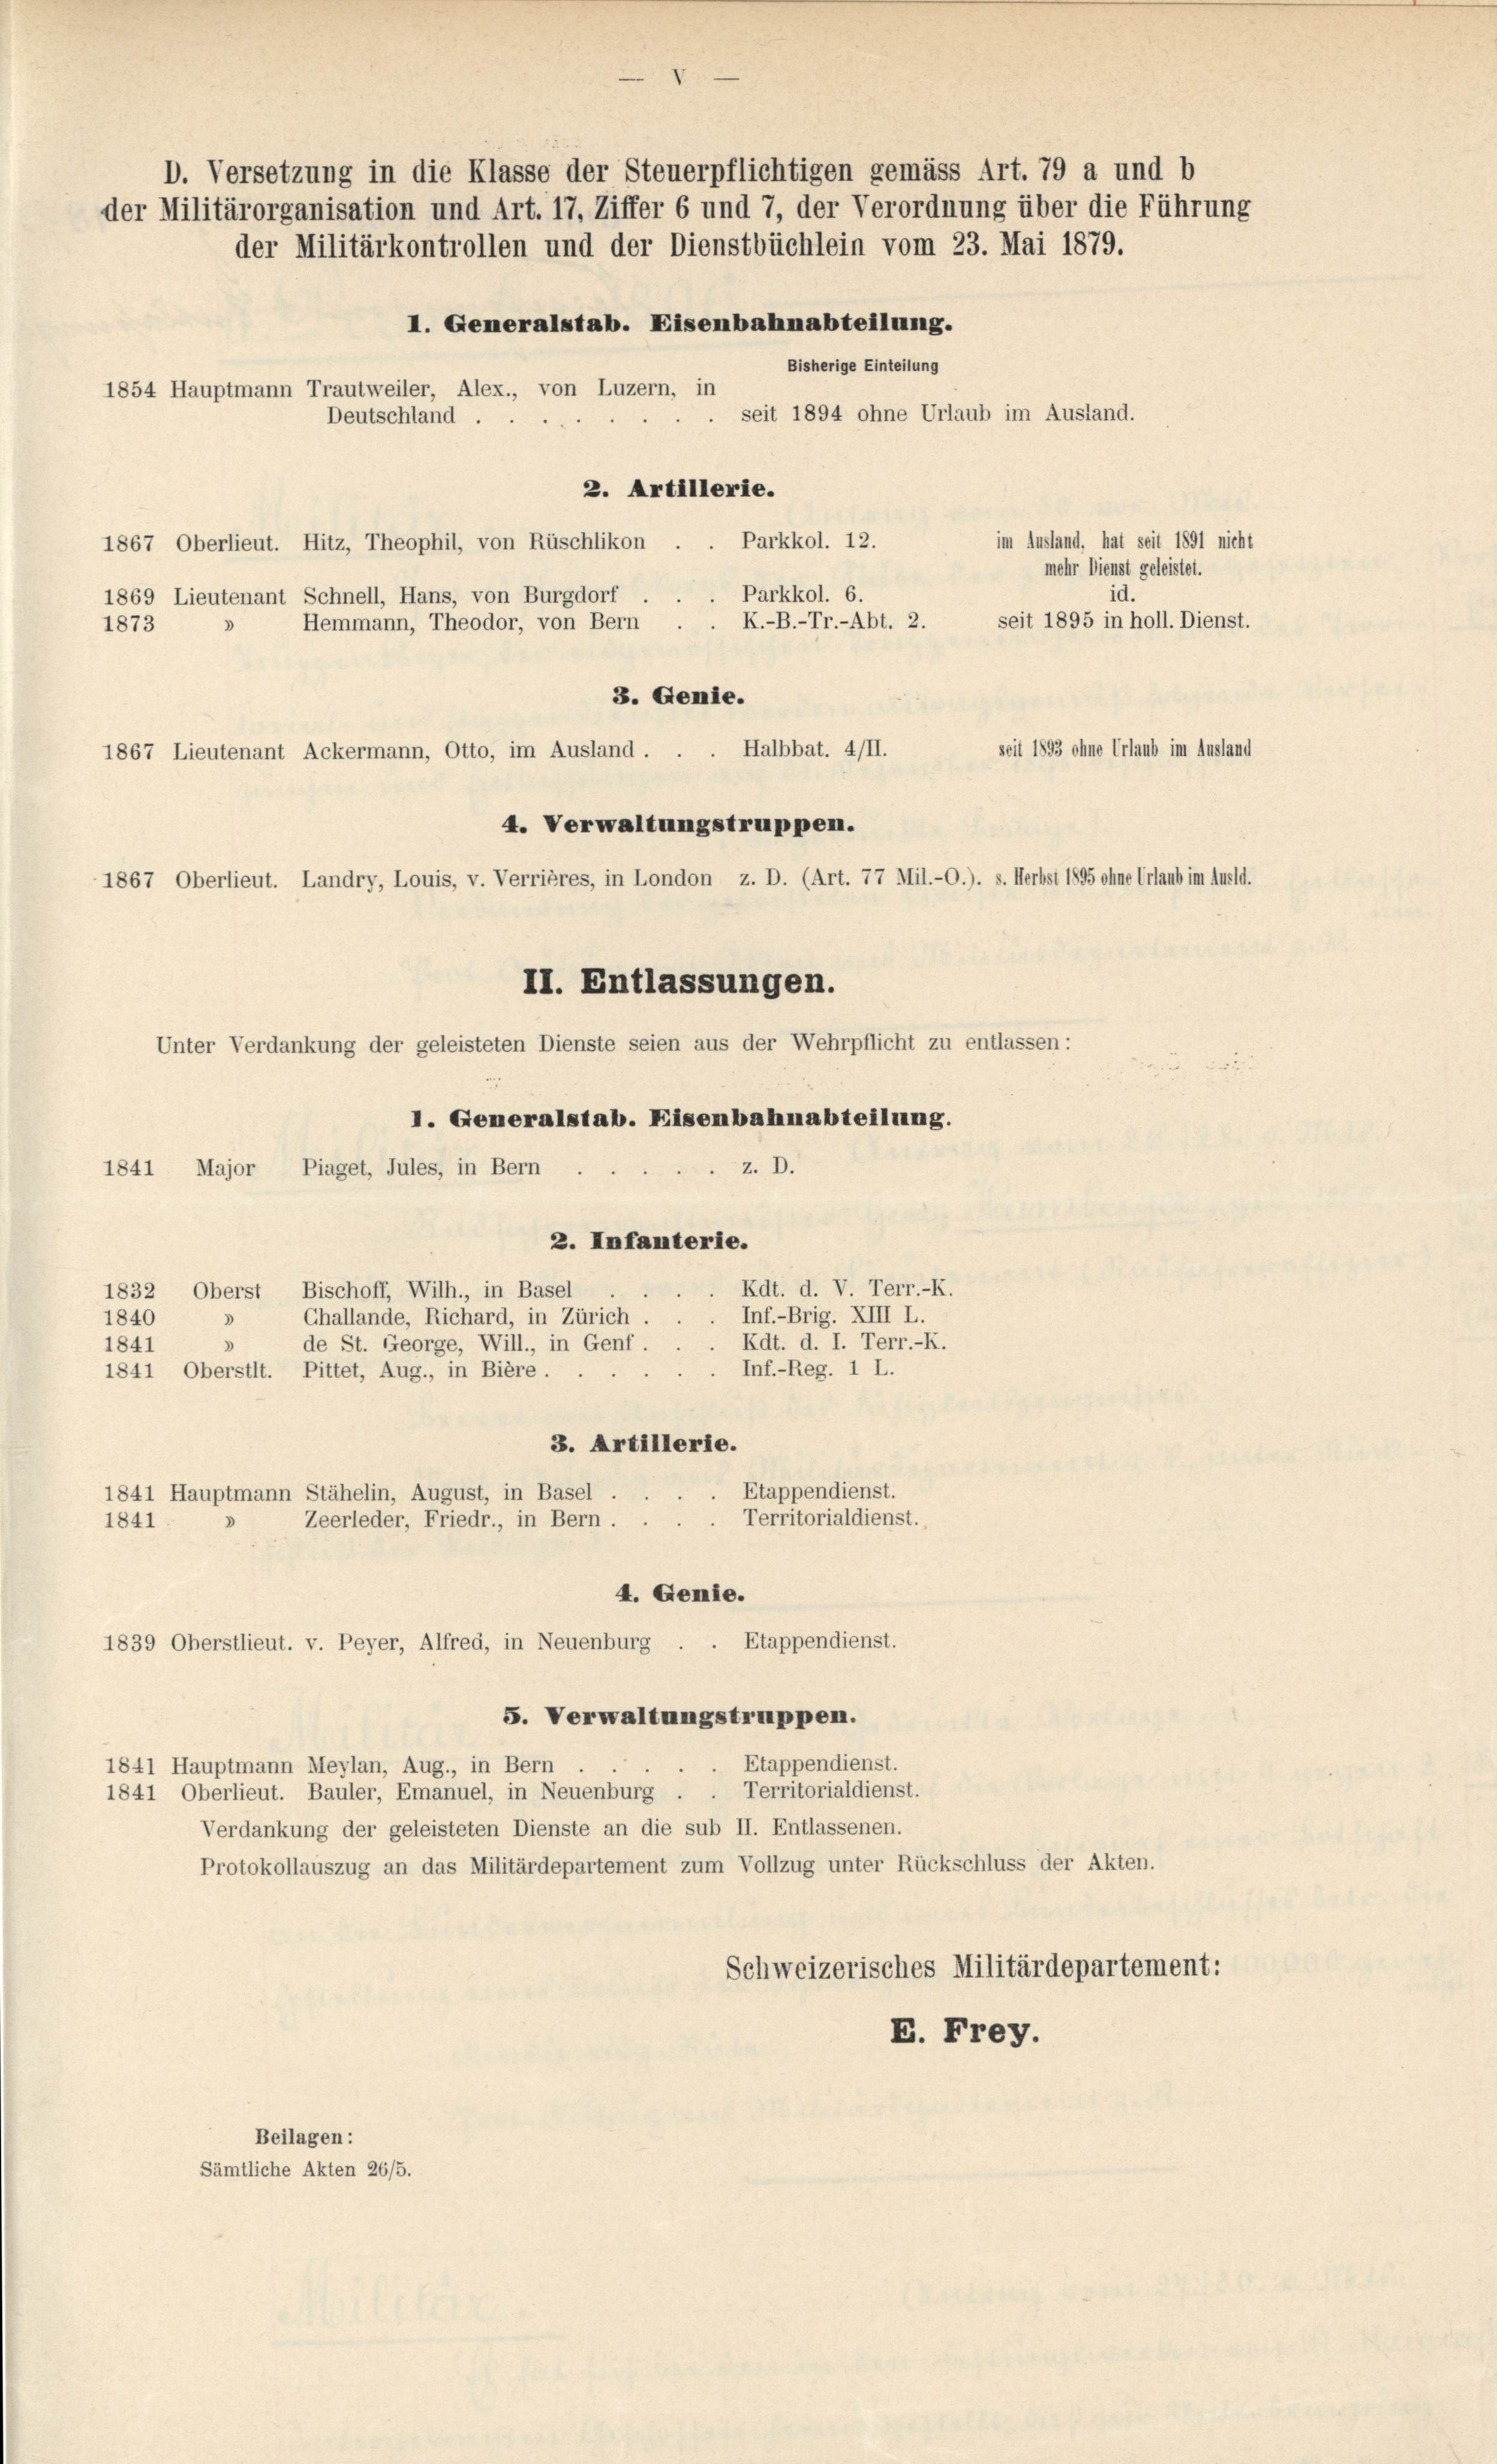
D. Versetzung in die Klasse der Steuerpflichtigen gemäss Art. 79 a und b
der Militärorganisation und Art. 17, Ziffer 6 und 7, der Verordnung über die Führung
der Militärkontrollen und der Dienstbüchlein vom 23. Mai 1879.
I. Generalstab. Eisenbahnabteilung.

Bisherige Einteilung
1854 Hauptmann Trautweiler, Alex., von Luzern, in
seit 1894 ohne Urlaub im Ausland.
Deutschland.
1
2. Artillerie.
Parkkol. 12.
im Ausland, hat seit 1891 nicht
1867 Oberlieut. Hitz, Theophil, von Rüschlikon
mehr Dienst geleistet.
Parkkol. 6.
1869 Lieutenant Schnell, Hans, von Burgdorf ..
seit 1895 in holl. Dienst.
Hemmann, Theodor, von Bern . . K.-B.-Tr.-Abt. 2.
1873
3
3. Genie.
seit 1893 ohne Urlaub im Ausland
1867 Lieutenant Ackermann, Otto, im Ausland . . . Halbbat. 4/II.
4. Verwaltungstruppen.
1867 Oberlieut. Landry, Louis, v. Verrières, in London z. D. (Art. 77 Mil.-O.). s. Herbst 1895 ohne Urlaub im Ausld.
II. Entlassungen.
Unter Verdankung der geleisteten Dienste seien aus der Wehrpflicht zu entlassen:
I. Generalstab. Eisenbahnabteilung.
z. D.
1841 Major Piaget, Jules, in Bern
2. Infanterie.
1832 Oberst Bischoff, Wilh., in Basel
Inf.-Brig. XIII L.
1840 » Challande, Richard, in Zürich,
Rdt. d. I. Terr.-R.
de St. George, Will., in Genf.
1841
Inf.-Reg. 1 L.
1841 Oberstit. Pittet, Aug., in Bière.
3. Artillerie.
Etappendienst.
1841 Hauptmann Stähelin, August, in Basel,
Territorialdienst.
Zeerleder, Friedr., in Bern.
1841.
4. Genie.
Etappendienst.
1839 Oberstlieut. v. Peyer, Alfred, in Neuenburg .
5. Verwaltungstruppen.
Etappendienst.
1841 Hauptmann Meylan, Aug., in Bern
Territorialdienst.
1841 Oberlieut. Bauler, Emanuel, in Neuenburg .
Verdankung der geleisteten Dienste an die sub II. Entlassenen.
Protokollauszug an das Militärdepartement zum Vollzug unter Rückschluss der Akten.
Schweizerisches Militärdepartement:
E. Frey.
Beilagen:
Sämtliche Akten 26/5.

Rdt. d. V. Terr.-K.